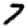
Digit: 7